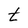
Character: t